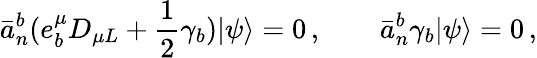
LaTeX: \bar{a}_{n}^{b}(e_{b}^{\mu}D_{\mu L}+\frac{1}{2}\gamma_{b})|\psi\rangle=0\, ,\qquad\bar{a}_{n}^{b}\gamma_{b}|\psi\rangle=0\, ,